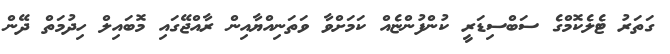
ގަތަރު ޓެލެކޮމްގެ ސަބްސިޑަރީ ކުންފުންޏެއް ކަމަށްވާ ވަތަނިއްޔާއިން ރާއްޖޭގައި މޮބައިލް ހިދުމަތް ދޭން